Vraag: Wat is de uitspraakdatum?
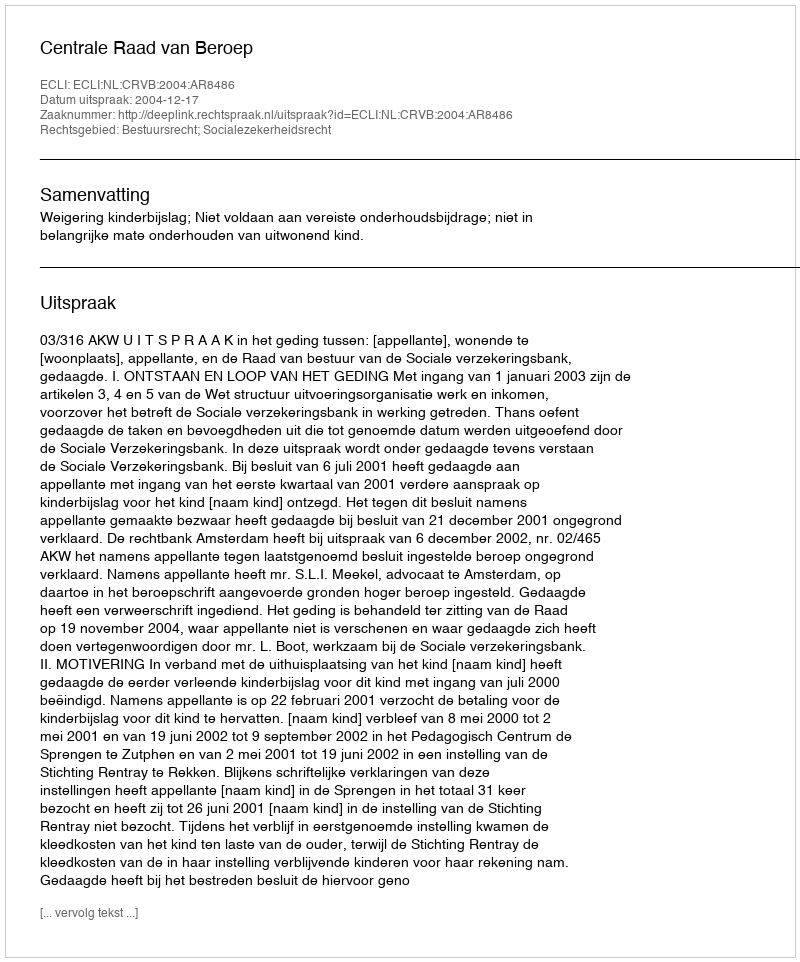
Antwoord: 2004-12-17